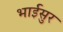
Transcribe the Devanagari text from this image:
भाईसुर